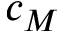
c _ { M }